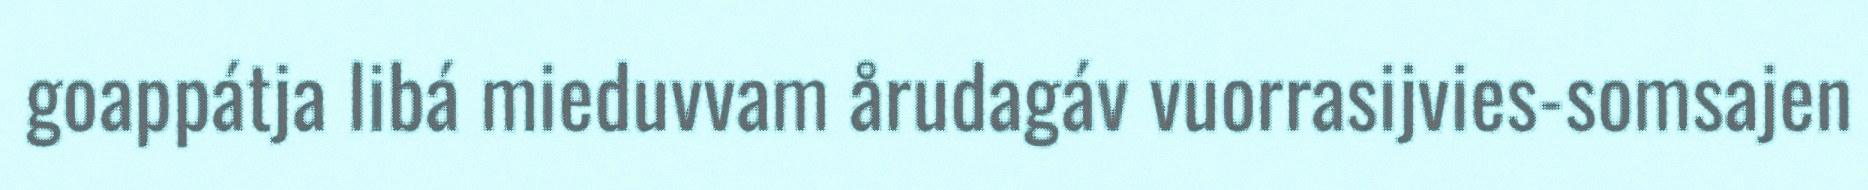
goappátja libá mieduvvam årudagáv vuorrasijvies-somsajen